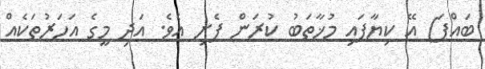
ބައްޕަ) އޭ ކިޔާފައި މުޚާތަބު ކުރަން ފެށި އެވެ. އަދި މީގެ އަހަރުތަކެއް